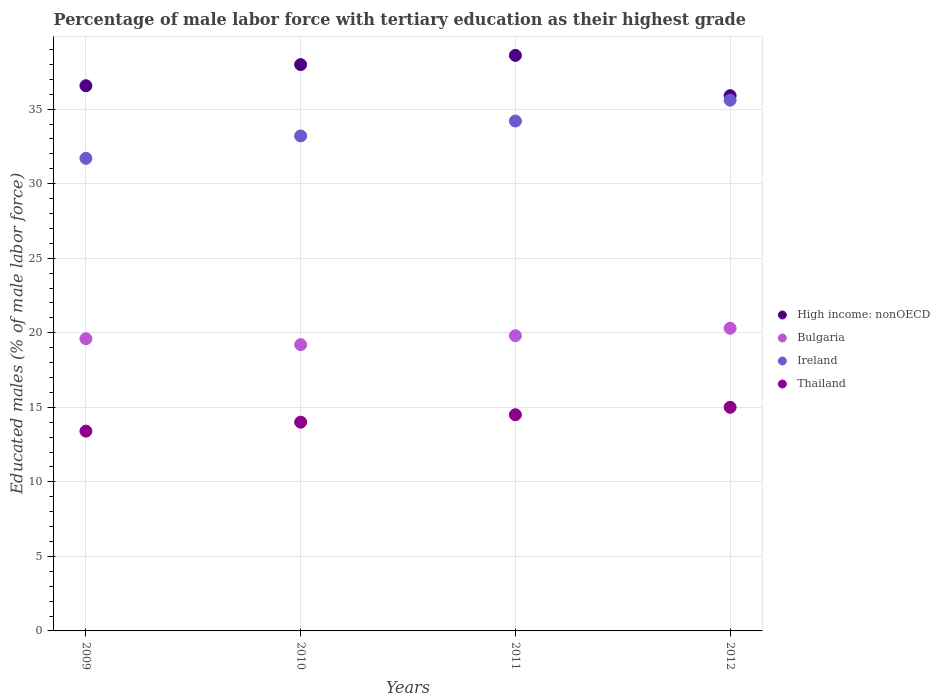
| Years | High income: nonOECD | Bulgaria | Ireland | Thailand |
 | --- | --- | --- | --- | --- |
 | 2009 | 36.6 | 19.6 | 31.7 | 13.4 |
 | 2010 | 38 | 19.2 | 33.2 | 14 |
 | 2011 | 38.6 | 19.8 | 34.2 | 14.5 |
 | 2012 | 35.9 | 20.3 | 35.6 | 15 |